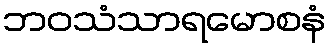
ဘဝသံသာရမောစနံ